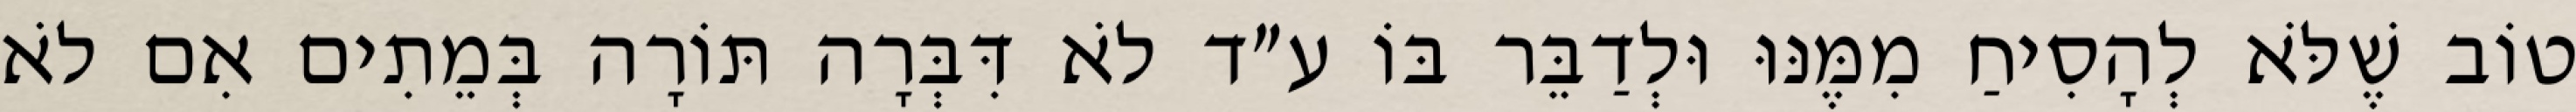
טוֹב שֶׁלֹּא לְהָסִיחַ מִמֶּנּוּ וּלְדַבֵּר בּוֹ ע״ד לֹא דִּבְּרָה תּוֹרָה בְּמֵתִים אִם לֹא